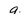
Character: 9